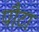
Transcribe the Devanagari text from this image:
पौटा